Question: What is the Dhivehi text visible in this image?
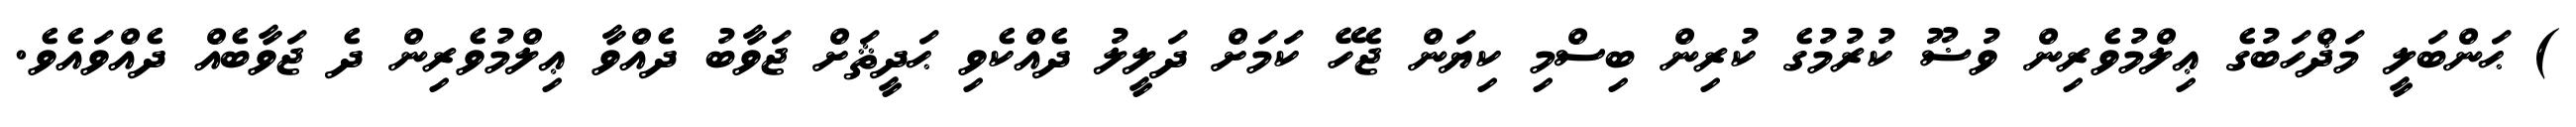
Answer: ) ޙަންބަލީ މަޛްހަބުގެ ޢިލްމުވެރިން ވުޟޫ ކުރުމުގެ ކުރިން ބިސްމި ކިޔަން ޖެހޭ ކަމަށް ދަލީލު ދެއްކެވި ޙަދީޘަށް ޖަވާބު ދެއްވާ ޢިލްމުވެރިން ދެ ޖަވާބެއް ދެއްވައެވެ.